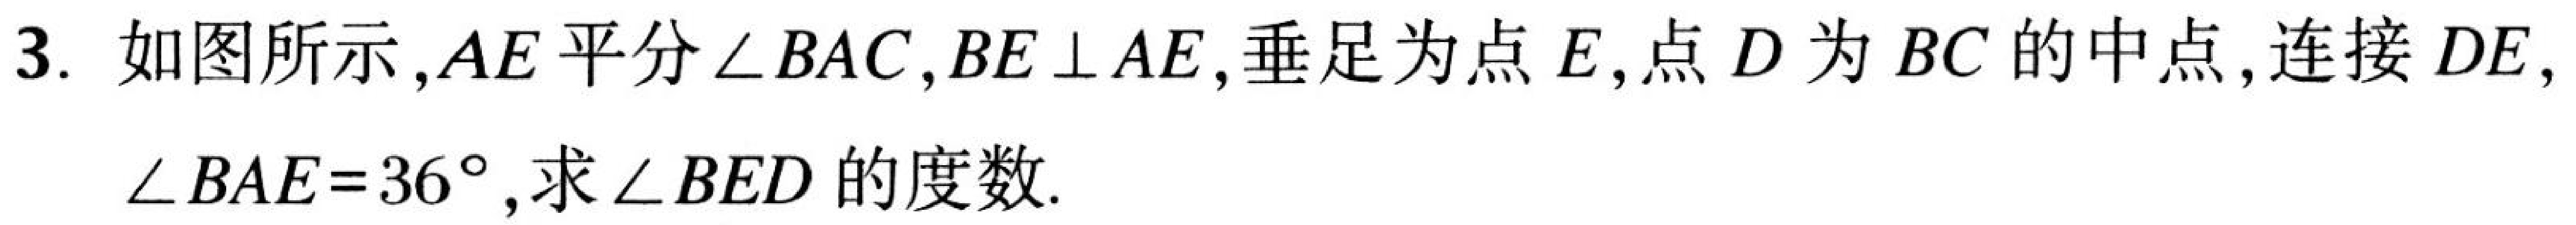
3. 如图所示,\(AE\)平分\(\angle BAC\),\(BE\perp AE\),垂足为点\(E\),点\(D\)为\(BC\)的中点,连接\(DE\),
\(\angle BAE = 36^{\circ}\),求\(\angle BED\)的度数.